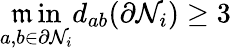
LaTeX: \mathop{\operatorname*{\mathfrak{m}in}}_{a,b\in\partial\mathcal{{N}}_{i}}d_{ab}(\partial\mathcal{{N}}_{i})\geq3